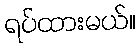
ရပ်ထားမယ်။